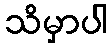
သိမှာပါ